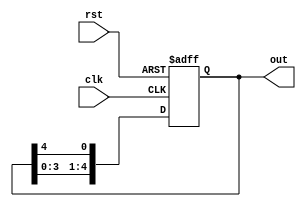
module ContadorAnel (
  input wire clk,
  input wire rst,
  output reg [4:0] out
);

  reg [4:0] state;

  always @(posedge clk or posedge rst) begin
    if (rst)
      state <= 5'b00000;
    else
      state <= {state[3:0], state[4]};
  end

  assign out = state;

endmodule